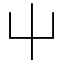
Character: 屮